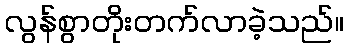
လွန်စွာတိုးတက်လာခဲ့သည်။